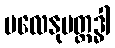
ဗလေနုပတ္ထဒ္ဓါ